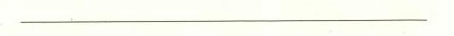
___